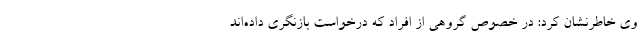
وی خاطرنشان کرد: در خصوص گروهی از افراد که درخواست بازنگری داده‌اند